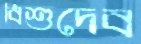
বিশুদেব